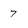
Character: 7